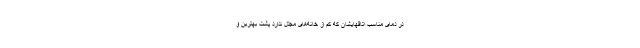
در دمای مناسب اتاقهایشان که کم از خانه‌های مجلل ندارد پشت بهترین و